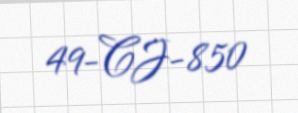
49-CJ-850